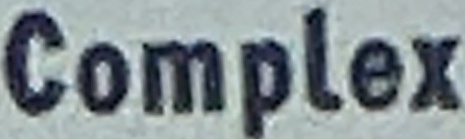
Complex